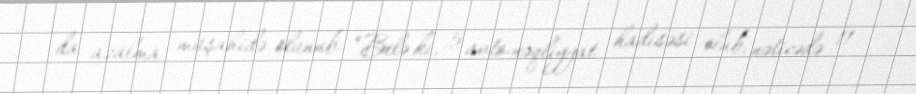
da azalma müşahidə olunub: “Belə ki, 5 avto-nəqliyyat hadisəsi olub, nəticədə 11